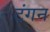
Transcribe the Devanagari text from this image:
टंगन